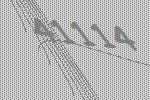
41114